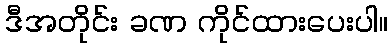
ဒီအတိုင်း ခဏ ကိုင်ထားပေးပါ။